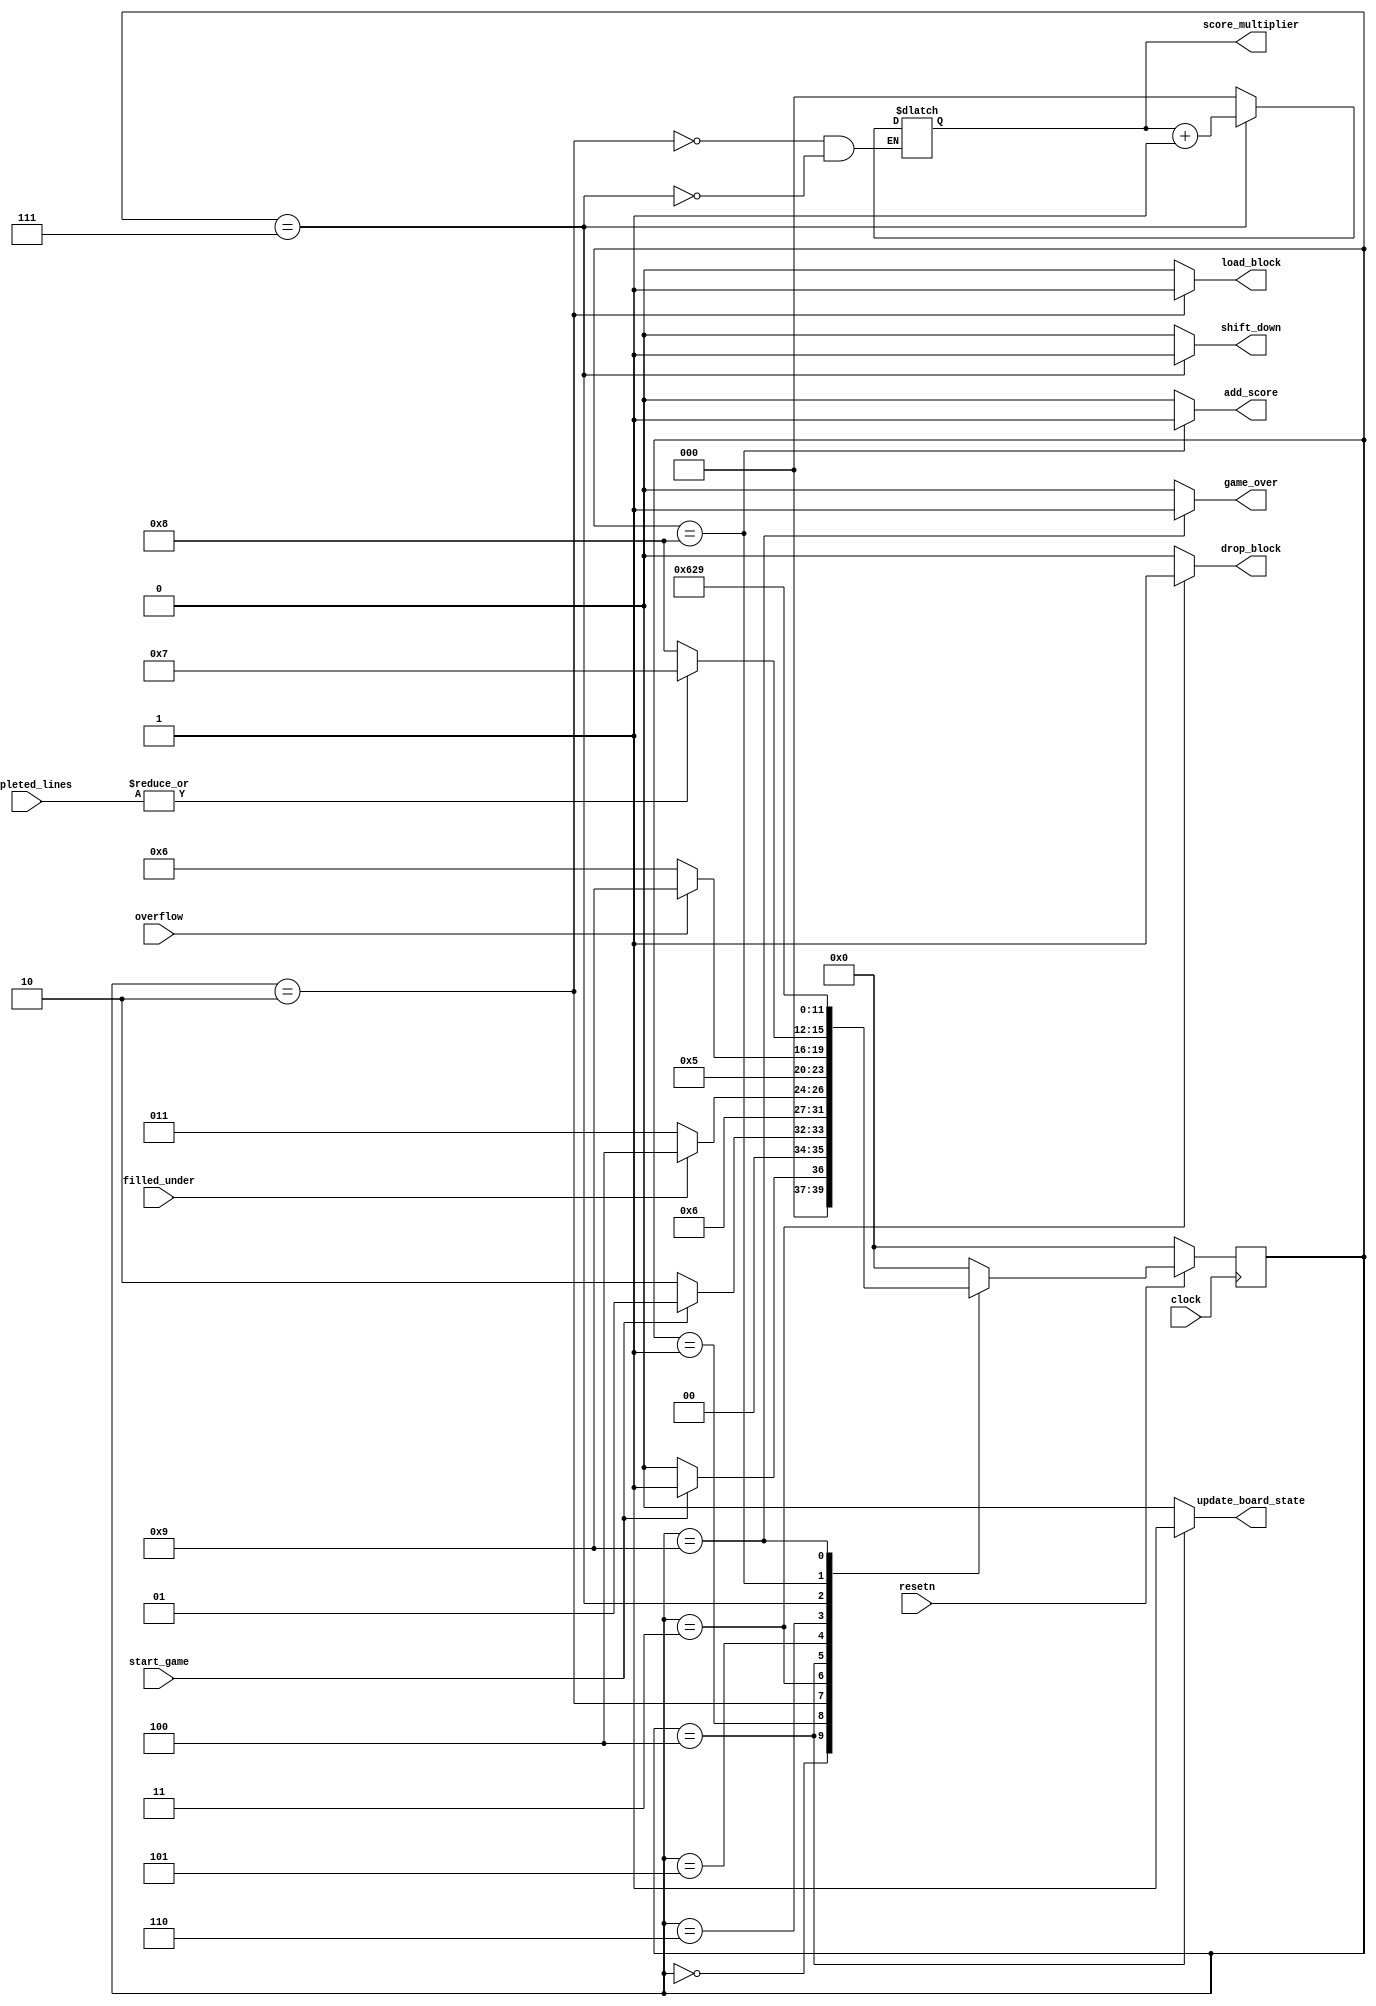
module control(
input clock,
input filled_under,
input overflow,
input [19:0] completed_lines,
input start_game,
input resetn,
output reg load_block,
output reg drop_block,
output reg update_board_state,
output reg shift_down,
output reg game_over,
output reg [2:0]score_multiplier,
output reg add_score);
	
    reg [3:0] current_state, next_state; 
    
    localparam  S_PRE_GAME            = 4'd0,
					 S_PRE_GAME_BUFFER     = 4'd1,
                S_LOAD_BLOCK          = 4'd2,
                S_DROP_BLOCK          = 4'd3,
                S_UPDATE_BOARD_STATE  = 4'd4,
					 S_CHECK_LOSS          = 4'd5,
					 S_CHECK_LINES         = 4'd6,
					 S_CLEAR_LINE          = 4'd7,
					 S_ADD_SCORE           = 4'd8,
					 S_GAME_OVER           = 4'd9;
	
    // Next state logic aka our state table
    always@(*)
    begin: state_table 
            case (current_state)
                S_PRE_GAME: next_state = start_game ? S_PRE_GAME_BUFFER : S_PRE_GAME;
					 S_PRE_GAME_BUFFER: next_state = !start_game ? S_LOAD_BLOCK : S_PRE_GAME_BUFFER;
					 S_LOAD_BLOCK: next_state = S_DROP_BLOCK;
					 S_DROP_BLOCK: next_state = filled_under ? S_UPDATE_BOARD_STATE : S_DROP_BLOCK;
					 S_UPDATE_BOARD_STATE: next_state = S_CHECK_LOSS;
					 S_CHECK_LOSS: next_state = overflow ? S_GAME_OVER : S_CHECK_LINES;
					 S_CHECK_LINES: next_state = (|completed_lines) ? S_CLEAR_LINE : S_ADD_SCORE;
					 S_CLEAR_LINE: next_state = S_CHECK_LINES;
					 S_ADD_SCORE: next_state = S_LOAD_BLOCK;
					 S_GAME_OVER: next_state = S_GAME_OVER;
					 default: next_state = S_PRE_GAME;
        endcase
    end // state_table
	 
    // Output logic aka all of our datapath control signals
    always @(*)
    begin: enable_signals
        // By default make all our signals 0
		  load_block = 0;
        drop_block = 0;
		  update_board_state = 0;
		  shift_down = 0;
		  game_over = 0;
		  add_score = 0;

        case (current_state)
            S_LOAD_BLOCK: begin
                load_block = 1;
					 score_multiplier = 0;
                end
            S_DROP_BLOCK: begin
                drop_block = 1;
                end
            S_UPDATE_BOARD_STATE: begin
                update_board_state = 1;
                end
				S_CLEAR_LINE: begin
					 shift_down = 1;
					 score_multiplier = score_multiplier + 1;
					 end
				S_ADD_SCORE: begin
					 add_score = 1;
					 end
				S_GAME_OVER: begin
					game_over = 1;
					end
        // default:    // don't need default since we already made sure all of our outputs were assigned a value at the start of the always block
        endcase
    end // enable_signals
   
    // current_state registers
    always@(posedge clock)
    begin: state_FFs
        if(!resetn)
            current_state <= S_PRE_GAME;
        else
            current_state <= next_state;
    end // state_FFS
endmodule